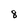
Character: 8